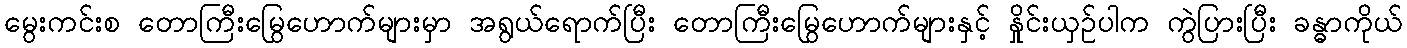
မွေးကင်းစ တောကြီးမြွေဟောက်များမှာ အရွယ်ရောက်ပြီး တောကြီးမြွေဟောက်များနှင့် နှိုင်းယှဉ်ပါက ကွဲပြားပြီး ခန္ဓာကိုယ်